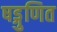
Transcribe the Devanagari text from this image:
षड्गुणित